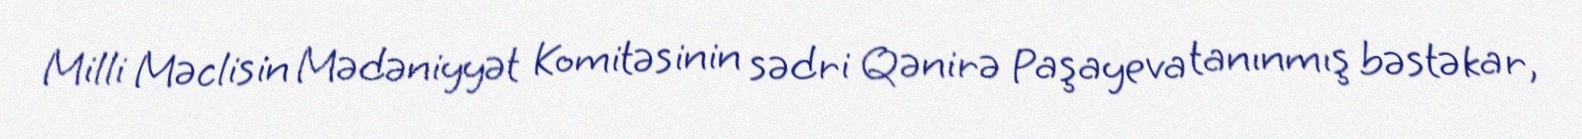
Milli Məclisin Mədəniyyət Komitəsinin sədri Qənirə Paşayeva tanınmış bəstəkar,